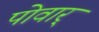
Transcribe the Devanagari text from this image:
पोवार्